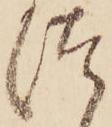
つ